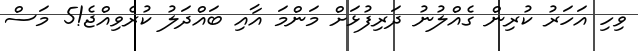
ވިހި އަހަރު ކުރިން ގެއްލުނު ދަރިފުޅަށް މަންމަ އާއި ބައްދަލު ކުރެވިއްޖެ!5 މަސް